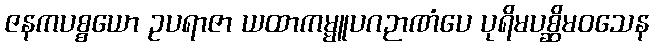
ဇနကပစ္စယော ဥပရာဇာ ယထာကမ္မူပဂဉာဏံပေ ပုရိမပစ္ဆိမဝသေန